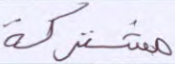
مشتركة